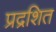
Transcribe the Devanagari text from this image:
प्रद्रशित